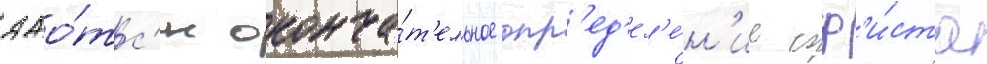
дао́тс'я оконча́т'ельное опр'ед'ел'е́н'ие соф'и́ста